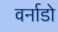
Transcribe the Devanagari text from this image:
वर्नाडो